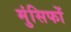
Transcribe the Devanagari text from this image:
मुंसिफों